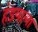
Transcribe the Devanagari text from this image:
हंडयाला